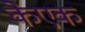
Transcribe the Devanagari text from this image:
केएक